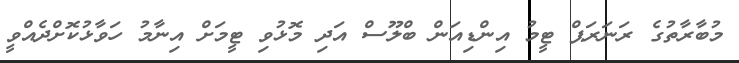
މުބާރާތުގެ ރަނަރަޕް ޓީމު އިންޑިއަން ބްލޫސް އަދި މޮޅުވި ޓީމަށް އިނާމު ހަވާޅުކޮށްދެއްވީ